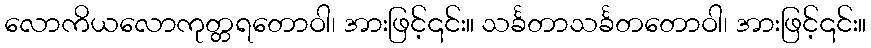
လောကိယလောကုတ္တရတောဝါ၊ အားဖြင့်၎င်း။ သင်္ခတာသင်္ခတတောဝါ၊ အားဖြင့်၎င်း။